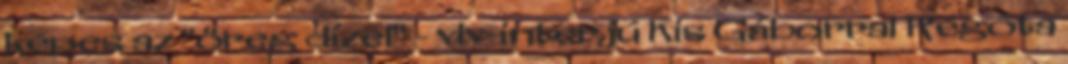
képes az "öreg dízel" - vlv-interjú Kis Gáborral Régóta